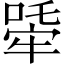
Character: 𤚧